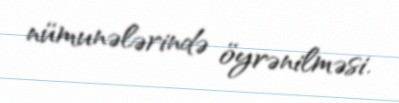
nümunələrində öyrənilməsi.